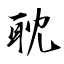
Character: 耽